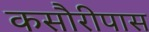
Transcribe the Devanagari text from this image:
कसौरीपास